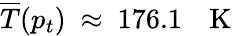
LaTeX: \overline{{T}}(p_{t})~\approx~176.1~\: ~\mathrm{~K~}